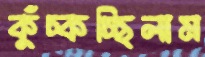
কুঁচ্‌কচ্ছিলাম